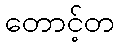
တောင့်တ